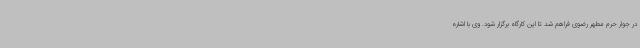
در جوار حرم مطهر رضوی فراهم شد تا این کارگاه برگزار شود. وی با اشاره